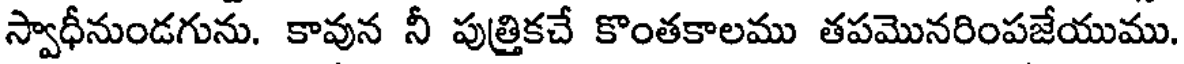
స్వాధీనుండగును. కావున నీ పుత్రికచే కొంతకాలము తపమొనరింపజేయుము